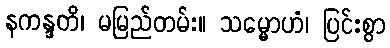
နကန္ဒတိ၊ မမြည်တမ်း။ သမ္မောဟံ၊ ပြင်းစွာ